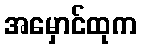
အမှောင်ထုက